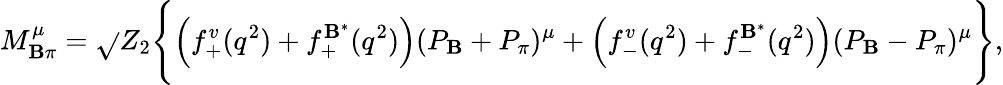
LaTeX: M_{\mathbf{B}\pi}^{\mu}=\sqrt{}{{Z_{2}}}\Bigg\{ \Big(f_{+}^{v}(q^{2})+f_{+}^{\mathbf{B}^{*}}(q^{2})\Big)(P_{\mathbf{B}}+P_{\pi})^{\mu}+\Big(f_{-}^{v}(q^{2})+f_{-}^{\mathbf{B}^{*}}(q^{2})\Big)(P_{\mathbf{B}}-P_{\pi})^{\mu}\Bigg\} ,